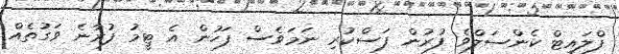
ފްލައިޓް ކެންސަލްވެ ފުރުން ފަސްކުރި ނަމަވެސް ފަހުން އެ ޓީމު ފުރާނެ ވަގުތެއް